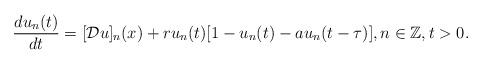
LaTeX: \begin{align*}\frac{du_n(t)}{dt}= [\mathcal{D}u]_n(x)+r u_n(t) [1- u_n(t)-a u_n(t-\tau)],n\in \mathbb{Z}, t>0. \end{align*}